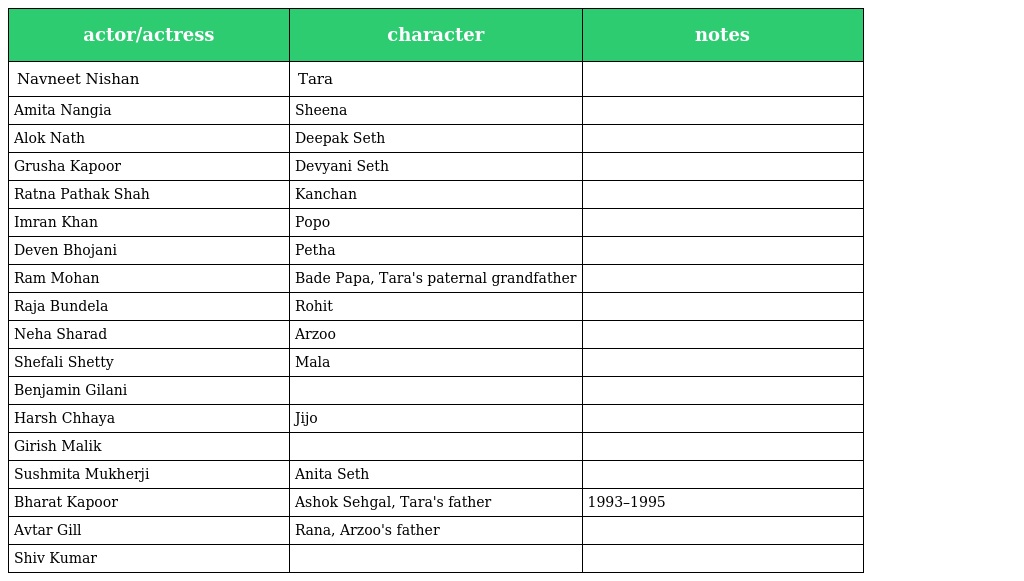
| actor/actress | character | notes |
 | --- | --- | --- |
 | Navneet Nishan | Tara |  |
 | Amita Nangia | Sheena |  |
 | Alok Nath | Deepak Seth |  |
 | Grusha Kapoor | Devyani Seth |  |
 | Ratna Pathak Shah | Kanchan |  |
 | Imran Khan | Popo |  |
 | Deven Bhojani | Petha |  |
 | Ram Mohan | Bade Papa, Tara's paternal grandfather |  |
 | Raja Bundela | Rohit |  |
 | Neha Sharad | Arzoo |  |
 | Shefali Shetty | Mala |  |
 | Benjamin Gilani |  |  |
 | Harsh Chhaya | Jijo |  |
 | Girish Malik |  |  |
 | Sushmita Mukherji | Anita Seth |  |
 | Bharat Kapoor | Ashok Sehgal, Tara's father | 1993–1995 |
 | Avtar Gill | Rana, Arzoo's father |  |
 | Shiv Kumar |  |  |